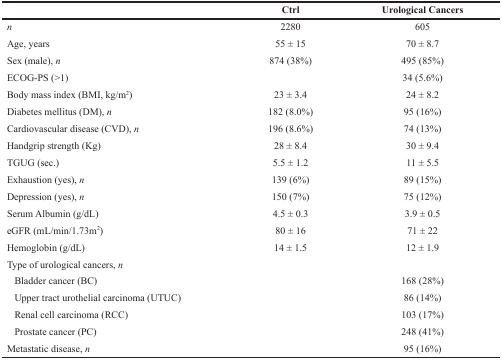
|  | Ctrl | Urological Cancers |
 | --- | --- | --- |
 | n | 2280 | 605 |
 | Age, years | 55 ± 15 | 70 ± 8.7 |
 | Sex (male), n | 874 (38%) | 495 (85%) |
 | ECOG-PS (>1) |  | 34 (5.6%) |
 | Body mass index (BMI, kg/m2) | 23 ± 3.4 | 24 ± 8.2 |
 | Diabetes mellitus (DM), n | 182 (8.0%) | 95 (16%) |
 | Cardiovascular disease (CVD), n | 196 (8.6%) | 74 (13%) |
 | Handgrip strength (Kg) | 28 ± 8.4 | 30 ± 9.4 |
 | TGUG (sec.) | 5.5 ± 1.2 | 11 ± 5.5 |
 | Exhaustion (yes), n | 139 (6%) | 89 (15%) |
 | Depression (yes), n | 150 (7%) | 75 (12%) |
 | Serum Albumin (g/dL) | 4.5 ± 0.3 | 3.9 ± 0.5 |
 | eGFR (mL/min/1.73m2) | 80 ± 16 | 71 ± 22 |
 | Hemoglobin (g/dL) | 14 ± 1.5 | 12 ± 1.9 |
 | Type of urological cancers, n |  |  |
 | Bladder cancer (BC) |  | 168 (28%) |
 | Upper tract urothelial carcinoma (UTUC) |  | 86 (14%) |
 | Renal cell carcinoma (RCC) |  | 103 (17%) |
 | Prostate cancer (PC) |  | 248 (41%) |
 | Metastatic disease, n |  | 95 (16%) |